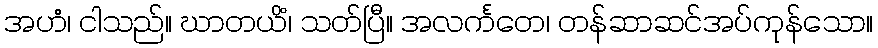
အဟံ၊ ငါသည်။ ဃာတယိံ၊ သတ်ပြီ။ အလင်္ကတေ၊ တန်ဆာဆင်အပ်ကုန်သော။